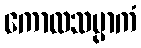
ကောလသမ္ပာကံ